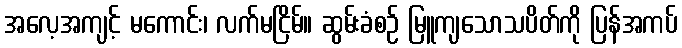
အလေ့အကျင့် မကောင်း၊ လက်မငြိမ်။ ဆွမ်းခံစဉ် မြူကျသောသပိတ်ကို ပြန်အကပ်